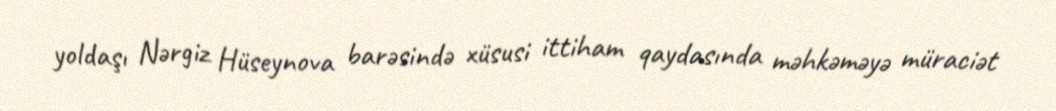
yoldaşı Nərgiz Hüseynova barəsində xüsusi ittiham qaydasında məhkəməyə müraciət